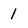
Character: 1